Report of the Indian Hemp Drugs Commission, 1894-1895 - Volume VI
Year: 1894
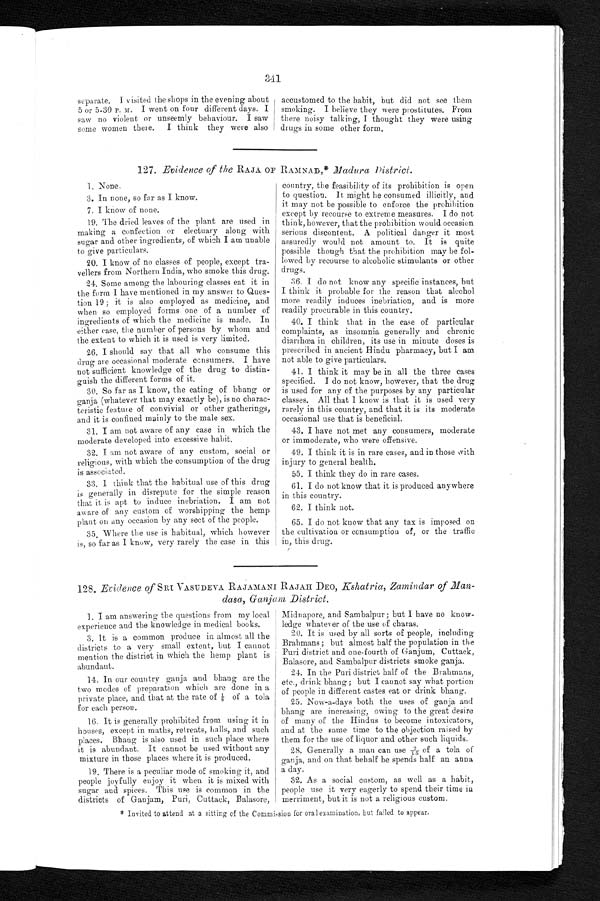
341
separate. I visited the shops in the evening about
5 or 5-30 P. M. I went on four different days. I
saw no violent or unseemly behaviour. I saw
some women there. I think they were also
accustomed to the habit, but did not see them
smoking. I believe they were prostitutes. From
there noisy talking, I thought they were using
drugs in some other form.
127. Evidence of the RAJA OF RAMNAD,* Madura District .
1. None.
3. In none, so far as I know.
7. I know of none.
19. The dried leaves of the plant are used in
making a confection or electuary along with
sugar and other ingredients, of which I am unable
to give particulars.
20. I know of no classes of people, except tra-
vellers from Northern India, who smoke this drug.
24. Some among the labouring classes eat it in
the form I have mentioned in my answer to Ques-
tion 19 ; it is also employed as medicine, and
when so employed forms one of a number of
ingredients of which the medicine is made. In
either case, the number of persons by whom and
the extent to which it is used is very limited.
26. I should say that all who consume this
drug are occasional moderate consumers. I have
not sufficient knowledge of the drug to distin-
guish the different forms of it.
30. So far as I know, the eating of bhang or
ganja (whatever that may exactly be), is no charac-
teristic feature of convivial or other gatherings,
and it is confined mainly to the male sex.
31. I am not aware of any case in which the
moderate developed into excessive habit.
32. I am not aware of any custom, social or
religious, with which the consumption of the drug
is associated.
33. I think that the habitual use of this drug
is generally in disrepute for the simple reason
that it is apt to induce inebriation. I am not
aware of any custom of worshipping the hemp
plant on any occasion by any sect of the people.
35. Where the use is habitual, which however
is, so far as I know, very rarely the case in this
country, the feasibility of its prohibition is open
to question. It might he consumed illicitly, and
it may not be possible to enforce the prohibition
except by recourse to extreme measures. I do not
think, however, that the prohibition would occasion
serious discontent. A political danger it most
assuredly would not amount to. It is quite
possible though that the prohibition may be fol-
lowed by recourse to alcoholic stimulants or other
drugs.
36. I do not know any specific instances, but
I think it probable for the reason that alcohol
more readily induces inebriation, and is more
readily procurable in this country.
40. I think that in the case of particular
complaints, as insomnia generally and chronic
diarrhœa in children, its use in minute doses is
prescribed in ancient Hindu pharmacy, but I am
not able to give particulars.
41. I think it may be in all the three cases
specified. I do not know, however, that the drug
is used for any of the purposes by any particular
classes. All that I know is that it is used very
rarely in this country, and that it is its moderate
occasional use that is beneficial.
43. I have not met any consumers, moderate
or immoderate, who were offensive.
49. I think it is in rare cases, and in those with
injury to general health.
55. I think they do in rare cases.
61. I do not know that it is produced anywhere
in this country.
62. I think not.
65. I do not know that any tax is imposed on
the cultivation or consumption of, or the traffic
in, this drug.
128. Evidence of SRI VASUDEVA RAJAMANI RAJAH DEO, Kshatria, Zamindar of Man-
dasa, Ganjam District.
1. I am answering the questions from my local
experience and the knowledge in medical books.
3. It is a common produce in almost all the
districts to a very small extent, but I cannot
mention the district in which the hemp plant is
abundant.
14. In our country ganja and bhang are the
two modes of preparation which are done in a
private place, and that at the rate of 1/8 of a tola
for each person.
16. It is generally prohibited from using it in
houses, except in maths, retreats, halls, and such
places. Bhang is also used in such place where
it is abundant. It cannot be used without any
mixture in those places where it is produced.
19. There is a peculiar mode of smoking it, and
people joyfully enjoy it when it is mixed with
sugar and spices. This use is common in the
districts of Ganjam, Puri, Cuttack, Balasore,
Midnapore, and Sambalpur ; but I have no know-
ledge whatever of the use of charas.
20. It is used by all sorts of people, including
Brahmans; but almost half the population in the
Puri district and one-fourth of Ganjum, Cuttack,
Balasore, and Sambalpur districts smoke ganja.
24. In the Puri district half of the Brahmans,
etc., drink bhang ; but I cannot say what portion
of people in different castes eat or drink bhang.
25. Now-a-days both the uses of ganja and
bhang are increasing, owing to the great desire
of many of the Hindus to become intoxicators,
and at the same time to the objection raised by
them for the use of liquor and other such liquids.
28. Generally a man can use 2/15o f a t o l a o f
ganja, and on that behalf be spends half an anna
a day.
32. As a social custom, as well as a habit,
people use it very eagerly to spend their time in
merriment, but it is not a religious custom.
Invited to attend at a sitting of the Commission for oral examination, but failed to appear.